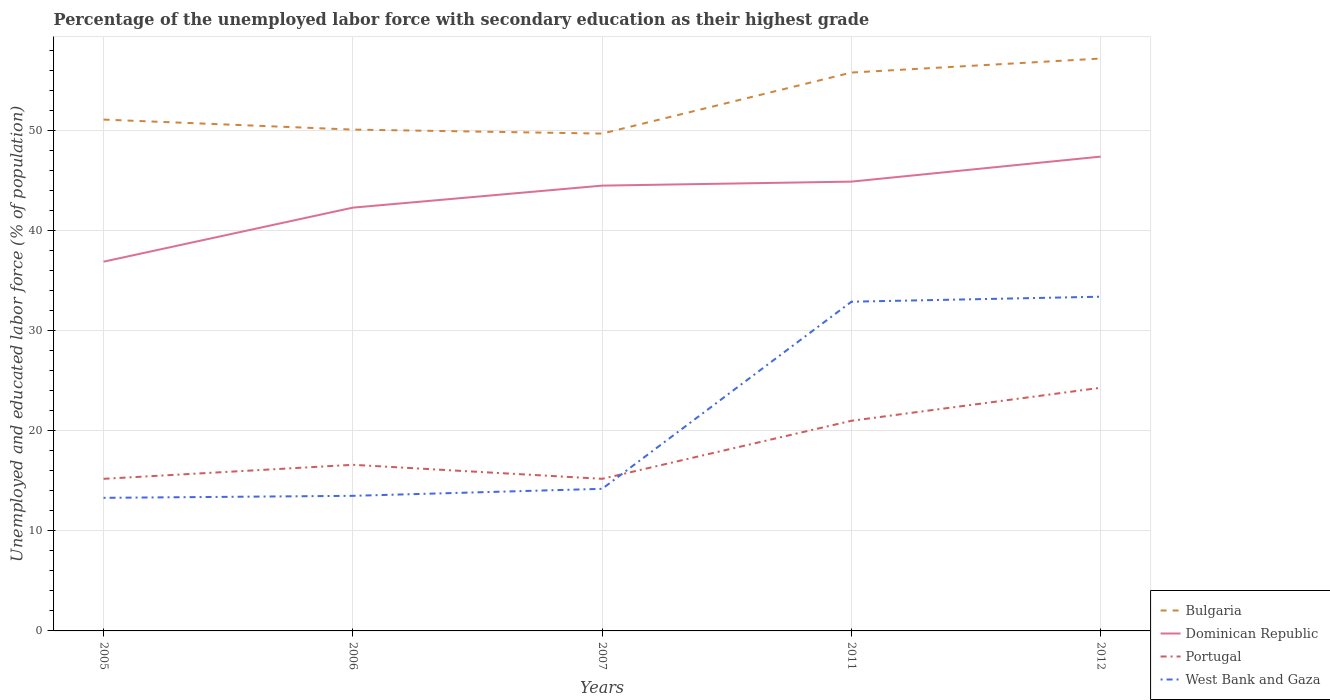
| Years | Bulgaria | Dominican Republic | Portugal | West Bank and Gaza |
 | --- | --- | --- | --- | --- |
 | 2005 | 51.1 | 36.9 | 15.2 | 13.3 |
 | 2006 | 50.1 | 42.3 | 16.6 | 13.5 |
 | 2007 | 49.7 | 44.5 | 15.2 | 14.2 |
 | 2011 | 55.8 | 44.9 | 21 | 32.9 |
 | 2012 | 57.2 | 47.4 | 24.3 | 33.4 |